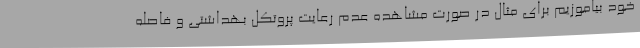
خود بیاموزیم برای مثال در صورت مشاهده عدم رعایت پروتکل بهداشتی و فاصله